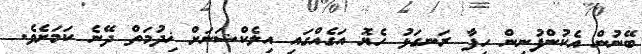
ބޭނުން އެކުންފުނިން ހިފާ ރަނގަޅު ހެޔޮ އަގެއްގައި އިލެކްޝަނަށް ޚިދުމަތް ދޭނެ ކަމަށެވެ.